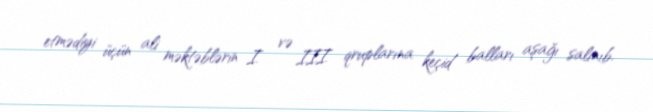
etmədiyi üçün ali məktəblərin I və III qruplarına keçid balları aşağı salınıb.